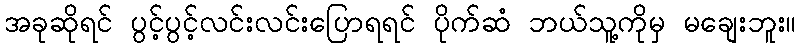
အခုဆိုရင် ပွင့်ပွင့်လင်းလင်းပြောရရင် ပိုက်ဆံ ဘယ်သူ့ကိုမှ မချေးဘူး။